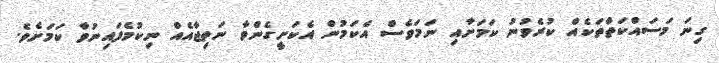
ގިނަ މަސައްކަތްތަކެއް ކުރެވުނު ކަމަށާއި ނަމަވެސް އެކަމުން އެކަށީގެންވާ ނަތިޖާއެއް ނިކުމެފައިނުވާ ކަމަށެވެ.